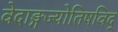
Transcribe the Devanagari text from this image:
वेदाङ्गज्याेतिषविद्